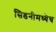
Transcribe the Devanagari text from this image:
सिडनीमध्येच